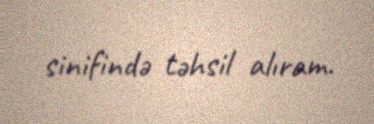
sinifində təhsil alıram.